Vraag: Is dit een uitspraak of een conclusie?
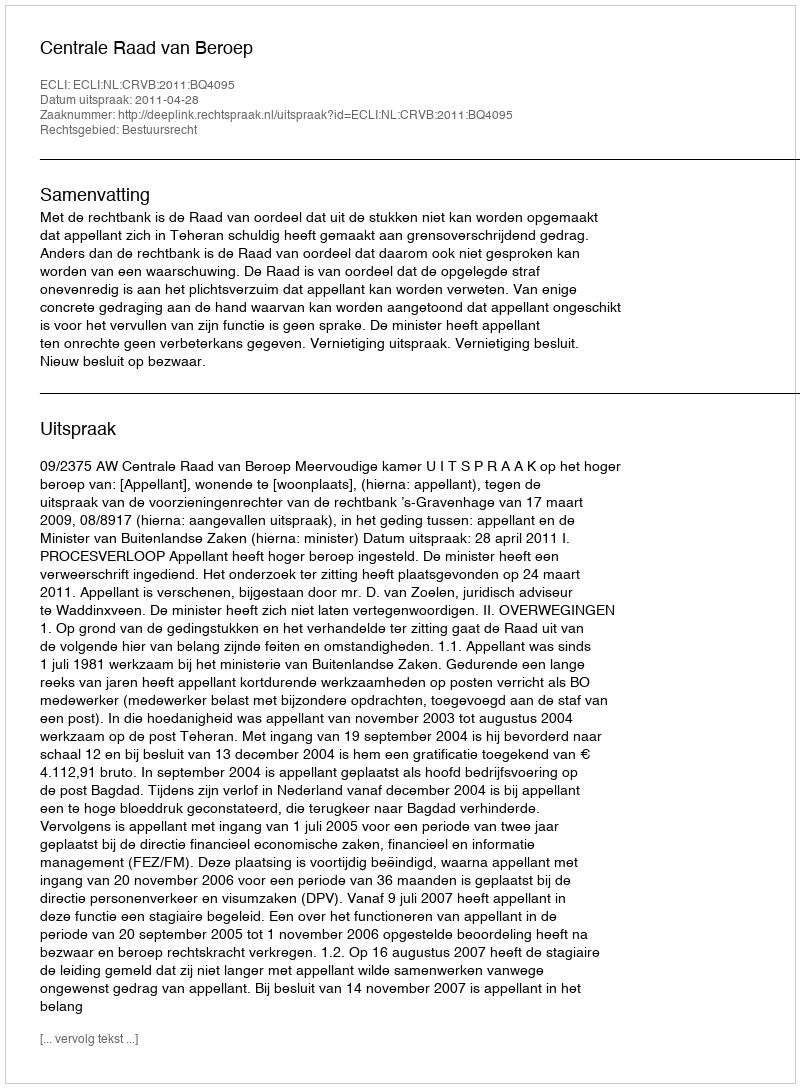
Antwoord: Uitspraak